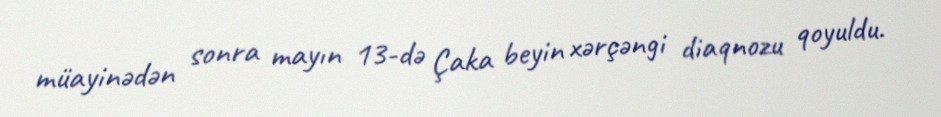
müayinədən sonra mayın 13-də Çaka beyin xərçəngi diaqnozu qoyuldu.